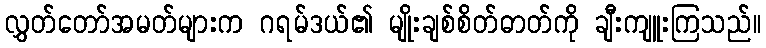
လွှတ်တော်အမတ်များက ဂရမ်ဒယ်၏ မျိုးချစ်စိတ်ဓာတ်ကို ချီးကျူးကြသည်။